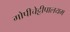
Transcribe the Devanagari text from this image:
गोपीचेट्टीपालयम